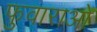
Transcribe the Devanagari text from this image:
फुवाराओ